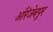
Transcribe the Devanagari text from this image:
औरंजेबपुर